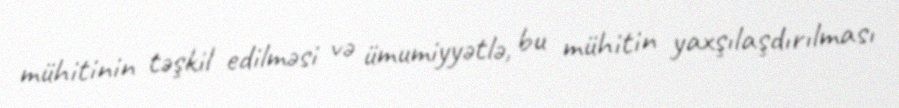
mühitinin təşkil edilməsi və ümumiyyətlə, bu mühitin yaxşılaşdırılması